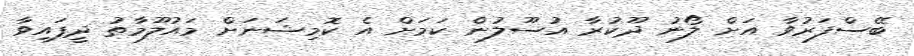
ބޭސްފަރުވާ އަށް ލޯނު ދޫކުރާ އުސޫލުން ކަމަށް އެ ކޮމިޝަނަށް މައުލޫމާތު ދީފައިވާ